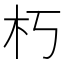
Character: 朽